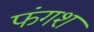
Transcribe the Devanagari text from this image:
फंगशं